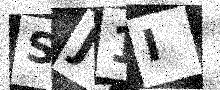
Text: SJ1I